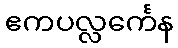
ဧကပလ္လင်္ကေန